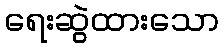
ရေးဆွဲထားသော